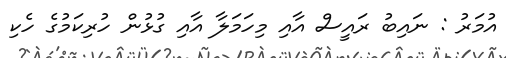
އުމަރު : ނައިބު ރައީސް އާއި މިހަމަލާ އާއި ގުޅުން ހުރިކަމުގެ ހެކި